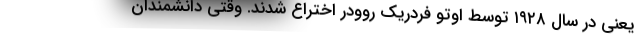
یعنی در سال ۱۹۲۸ توسط اوتو فردریک روودر اختراع شدند. وقتی دانشمندان